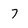
Character: 7